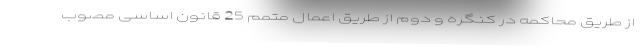
از طریق محاکمه در کنگره و دوم از طریق اعمال متمم 25 قانون اساسی مصوب